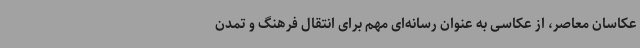
عکاسان معاصر، از عکاسی به عنوان رسانه‌ای مهم برای انتقال فرهنگ و تمدن